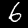
Label: 6